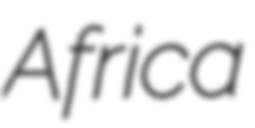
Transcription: Africa